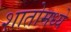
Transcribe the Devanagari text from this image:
शातोमध्ये